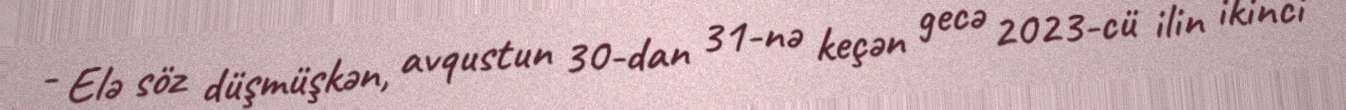
- Elə söz düşmüşkən, avqustun 30-dan 31-nə keçən gecə 2023-cü ilin ikinci